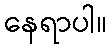
နေရာပါ။